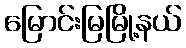
မြောင်းမြမြို့နယ်